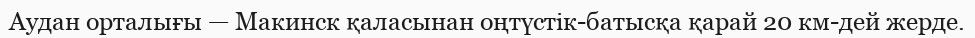
Аудан орталығы — Макинск қаласынан оңтүстік-батысқа қарай 20 км-дей жерде.